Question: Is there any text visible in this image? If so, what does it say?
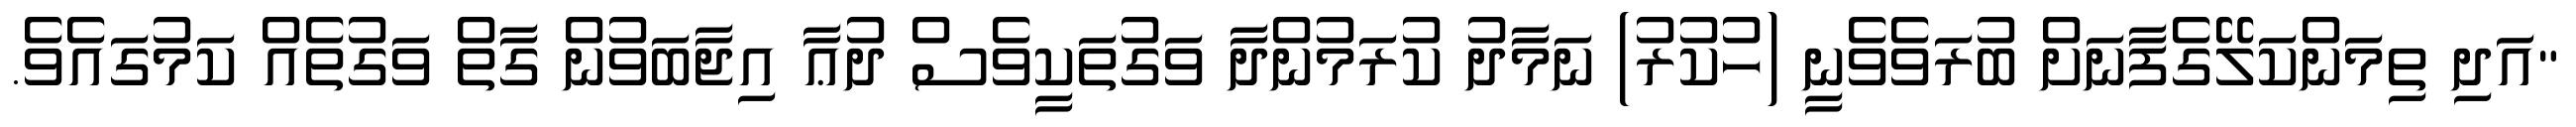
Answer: "އަދި ތިމަންކަލޭގެފާނަށް ބުރަވެވެނީ (ހުކުރު) ނަމާދު ކުރަމުންދާ ވަގުތަކީވެސް ދުޢާ އިޖާބަވުން ގާތް ވަގުތެއް ކަމުގައެވެ.